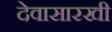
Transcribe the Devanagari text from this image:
देवासारखी